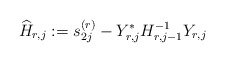
\begin{align*} \widehat H_{r,j} := s^{(r)}_{2j} - Y_{r,j}^* H_{r,j-1}^{-1}Y_{r,j}\end{align*}